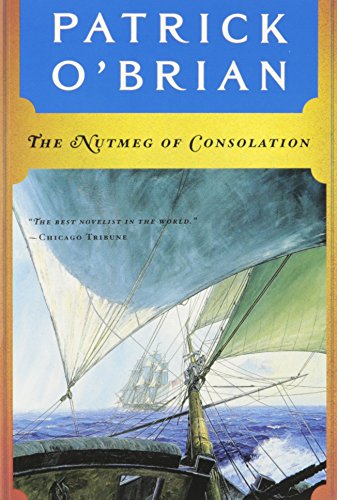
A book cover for The Nutmeg of Consolation (Vol. Book 14)  (Aubrey/Maturin Novels); Patrick O'Brian; Literature & Fiction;